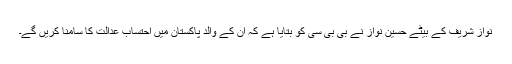
نواز شریف کے بیٹے حسین نواز نے بی بی سی کو بتایا ہے کہ ان کے والد پاکستان میں احتساب عدالت کا سامنا کریں گے۔